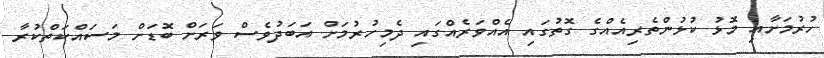
ހުރުމަށާއި މޮޅު ކުޅުންތެރިއެއްގެ ގޮތުގައި އެއްވަރެއްގައި ދެމިހުރުމަށް އަބަދުވެސް ވަރަށް ބޮޑަށް މަސައްކަތްކުރާ